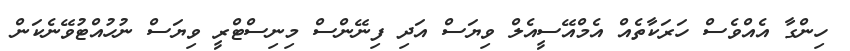
ހިންގާ އެއްވެސް ހަރަކާތެއް އެމްއޭސީއެލް ވިޔަސް އަދި ފިނޭންސް މިނިސްޓްރީ ވިޔަސް ނުހުއްޓުވޭނެކަން